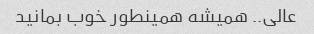
عالی.. همیشه همینطور خوب بمانید